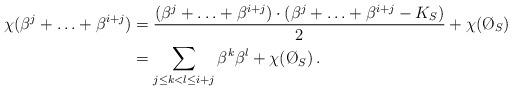
LaTeX: \begin{align*}\chi(\beta^{j}+\ldots + \beta^{i+j})&=\frac{(\beta^{j}+\ldots + \beta^{i+j})\cdot(\beta^{j}+\ldots + \beta^{i+j}-K_S)}{2} + \chi(\O_S)\\&=\sum_{j\leq k< l\leq i+j} \beta^k\beta^l + \chi(\O_S)\,.\end{align*}